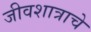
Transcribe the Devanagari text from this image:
जीवशात्राचे